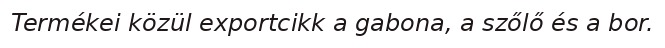
Termékei közül exportcikk a gabona, a szőlő és a bor.